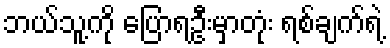
ဘယ်သူ့ကို ပြောရဦးမှာတုံး ရစ်ချက်ရဲ့